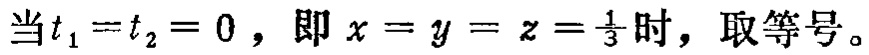
当\(t_1 = t_2 = 0\)，即\(x = y = z = \frac{1}{3}\)时，取等号。